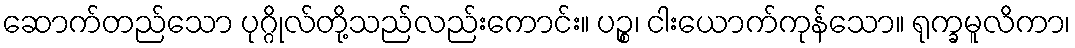
ဆောက်တည်သော ပုဂ္ဂိုလ်တို့သည်လည်းကောင်း။ ပဉ္စ၊ ငါးယောက်ကုန်သော။ ရုက္ခမူလိကာ၊